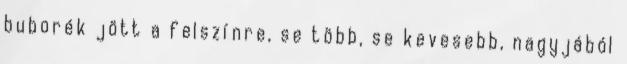
buborék jött a felszínre, se több, se kevesebb, nagyjából